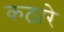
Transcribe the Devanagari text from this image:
कठारे